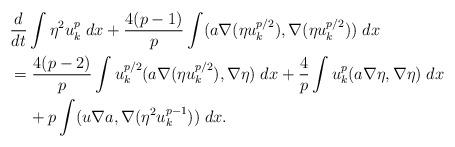
LaTeX: \begin{align*} & \frac{d}{dt}\int \eta^2 u_k^p\;dx + \frac{4(p-1)}{p}\int (a\nabla (\eta u_k^{p/2}),\nabla (\eta u_k^{p/2}))\;dx \\ & = \frac{4(p-2)}{p}\int u_k^{p/2}(a\nabla (\eta u_k^{p/2}),\nabla \eta)\;dx+\frac{4}{p}\int u_k^{p}(a\nabla \eta,\nabla \eta)\;dx\\ & \;\;\;\;+ p\int (u\nabla a,\nabla (\eta^2u_k^{p-1} ) )\;dx. \end{align*}